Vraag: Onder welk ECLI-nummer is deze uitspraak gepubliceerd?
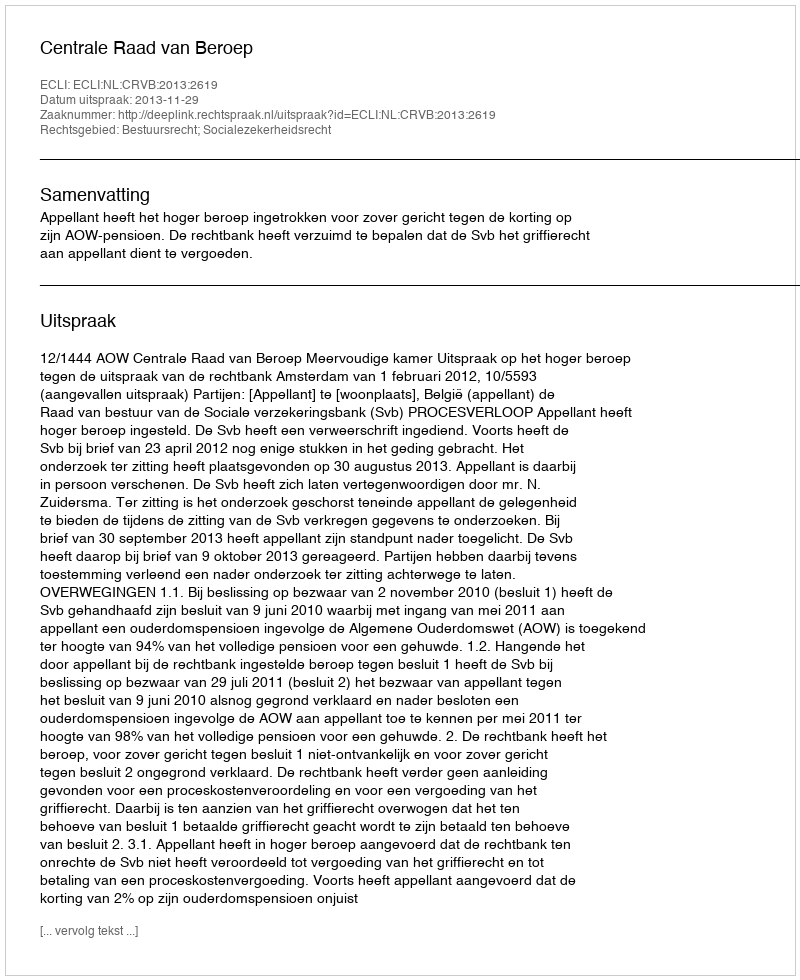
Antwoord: ECLI:NL:CRVB:2013:2619